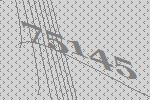
75145